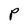
Character: P